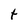
Character: t